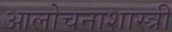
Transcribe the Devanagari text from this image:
आलोचनाशास्त्री